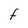
Character: f